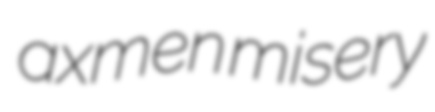
axmen misery